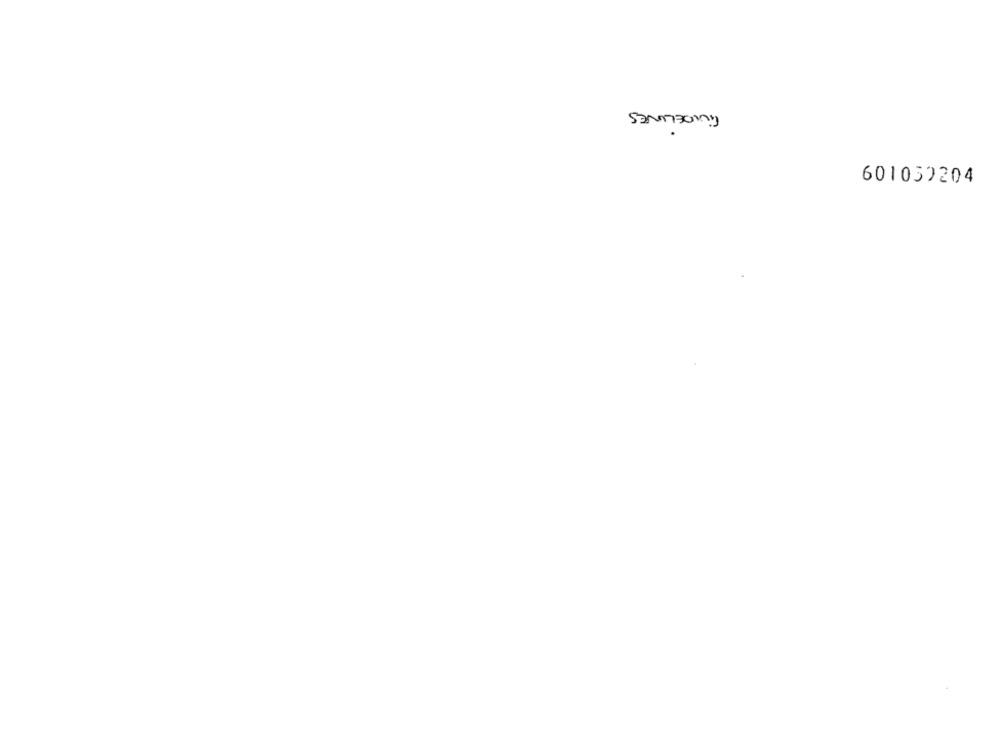
GUIDELINES
601052204